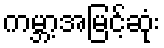
ကမ္ဘာ့အမြင့်ဆုံး